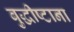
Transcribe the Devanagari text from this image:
बुद्धीष्टाना